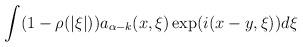
LaTeX: \begin{align*}\int(1-\rho(|\xi|))a_{\alpha-k}(x,\xi)\exp(i(x-y,\xi))d\xi\end{align*}